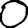
Digit: 0